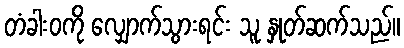
တံခါးဝကို လျှောက်သွားရင်း သူ နှုတ်ဆက်သည်။